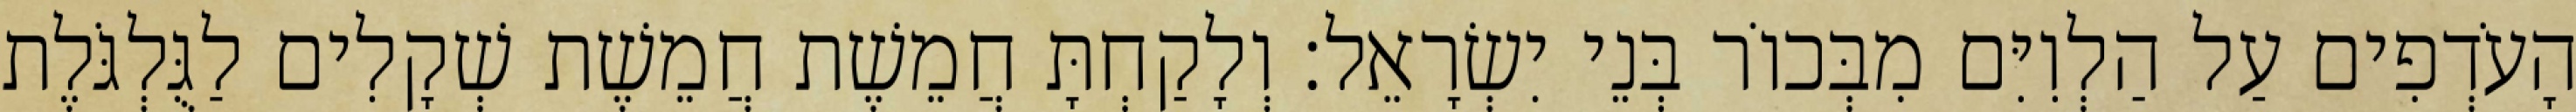
הָעֹדְפִים עַל הַלְוִיִּם מִבְּכוֹר בְּנֵי יִשְׂרָאֵל׃ וְלָקַחְתָּ חֲמֵשֶׁת חֲמֵשֶׁת שְׁקָלִים לַגֻּלְגֹּלֶת